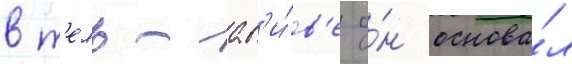
в т'ель-ав'и́в'е о́н основа́л